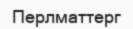
Перлматтерг